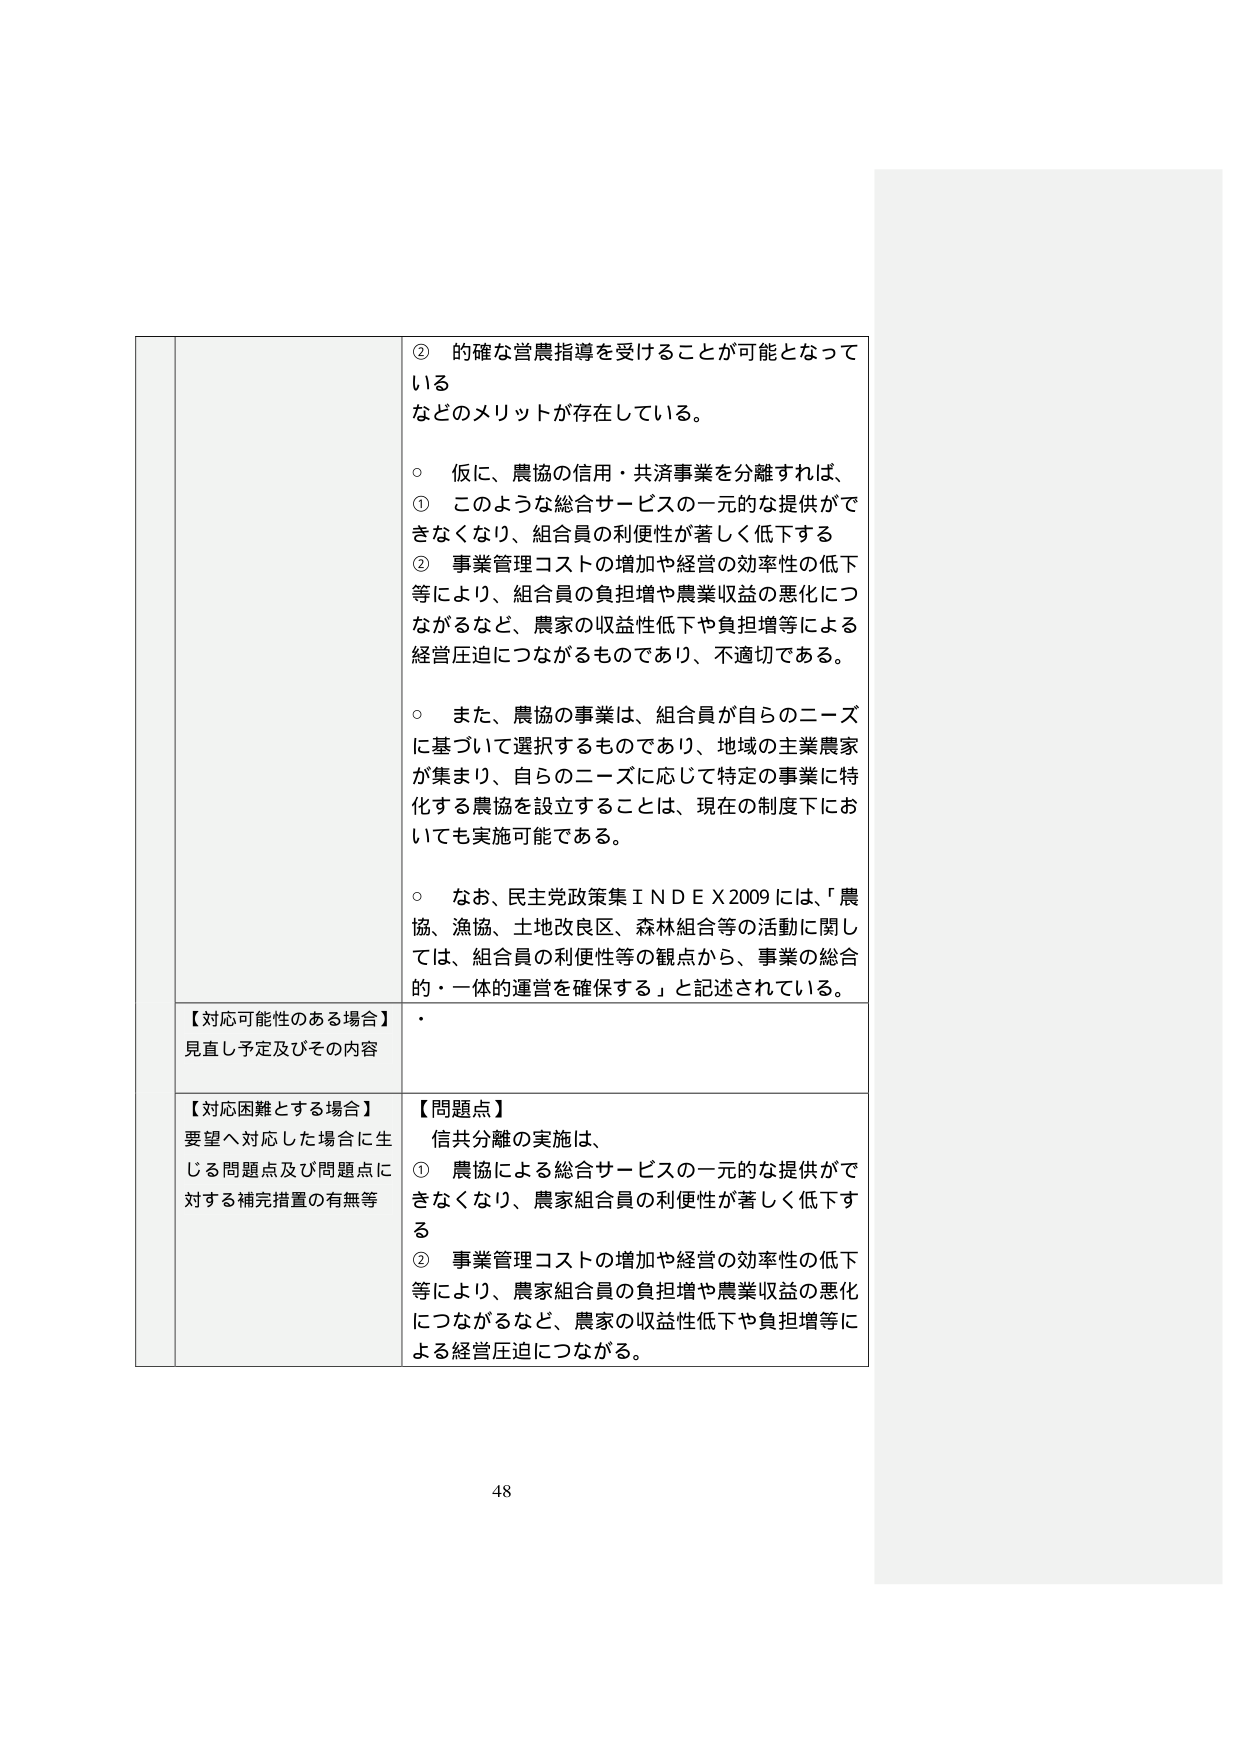
② 的確な営農指導を受けることが可能となって
いる
などのメリットが存在している。

○ 仮に、農協の信用・共済事業を分離すれば、
① このような総合サービスの一元的な提供がで
きなくなり、組合員の利便性が著しく低下する
② 事業管理コストの増加や経営の効率性の低下
等により、組合員の負担増や農業収益の悪化につ
ながるなど、農家の収益性低下や負担増等による
経営圧迫につながるものであり、不適切である。

○ また、農協の事業は、組合員が自らのニーズ
に基づいて選択するものであり、地域の主業農家
が集まり、自らのニーズに応じて特定の事業に特
化する農協を設立することは、現在の制度下にお
いても実施可能である。

○ なお、民主党政策集ＩＮＤＥＸ2009には、「農
協、漁協、土地改良区、森林組合等の活動に関し
ては、組合員の利便性等の観点から、事業の総合
的・一体的運営を確保する」と記述されている。

【対応可能性のある場合】
見直し予定及びその内容
・

【対応困難とする場合】
要望へ対応した場合に生
じる問題点及び問題点に
対する補完措置の有無等

【問題点】
信共分離の実施は、
① 農協による総合サービスの一元的な提供がで
きなくなり、農家組合員の利便性が著しく低下す
る
② 事業管理コストの増加や経営の効率性の低下
等により、農家組合員の負担増や農業収益の悪化
につながるなど、農家の収益性低下や負担増等に
よる経営圧迫につながる。

48